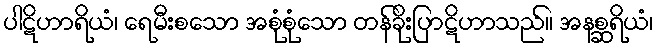
ပါဋိဟာရိယံ၊ ရေမီးစသော အစုံစုံသော တန်ခိုးပြာဋိဟာသည်။ အနစ္ဆရိယံ၊